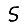
Digit: 5